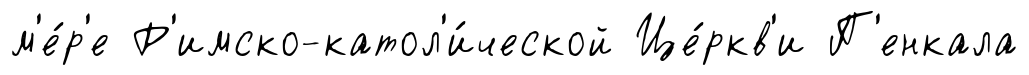
м'е́р'е Р'имско-катол'и́ческой Це́ркв'и П'енкала